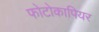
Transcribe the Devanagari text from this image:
फोटोकापियर